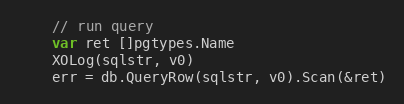
Language: Go
	// run query
	var ret []pgtypes.Name
	XOLog(sqlstr, v0)
	err = db.QueryRow(sqlstr, v0).Scan(&ret)